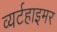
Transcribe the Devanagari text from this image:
व्यर्टहाइमर